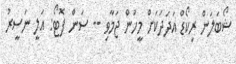
ޝޯބަލަން ރިކޯޑް އަދަދަކަށް މީހުން ޖަމާވި -- ސަން ފޮޓޯ: އަލީ ނަސީރު